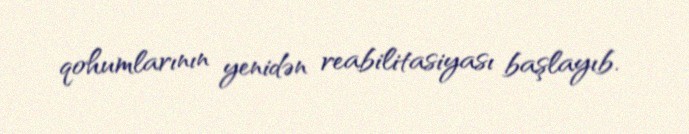
qohumlarının yenidən reabilitasiyası başlayıb.